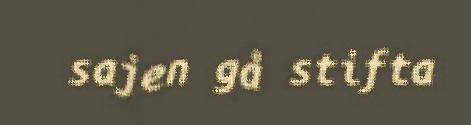
sajen gå stifta